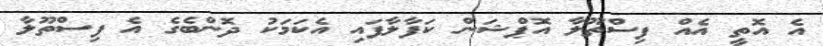
އެ އޮތީ އެއް ފިސްތޫލާ އޮޕްޝަން ކަފާލާފައި އެކަމަކު ދޮންބެގެ އެ ފިސްތޫލާ